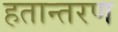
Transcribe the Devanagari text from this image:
हतान्तरण